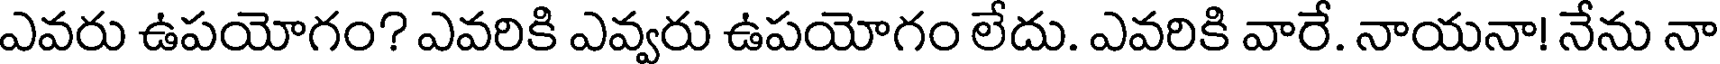
ఎవరు ఉపయోగం? ఎవరికి ఎవ్వరు ఉపయోగం లేదు. ఎవరికి వారే. నాయనా! నేను నా